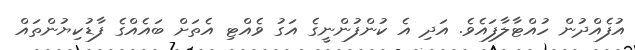
އުފެއްދުން ހުއްޓާލާފައެވެ. އަދި އެ ކުންފުންނީގެ އަގު ވެއްޓި އެތަށް ބައެއްގެ ފާޑުކިޔުންތައް